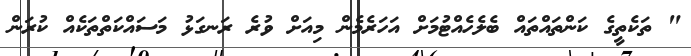
" ތަކެތީގެ ކަންތައްތައް ބެލެހެއްޓުމަށް އަހަރެމެން މިއަށް ވުރެ ރަނގަޅު މަސައްކަތްތަކެއް ކުރަން